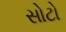
સોટો